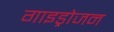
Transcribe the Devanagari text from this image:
गाइड्रोजन